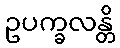
ဥပက္ခလန္တိ